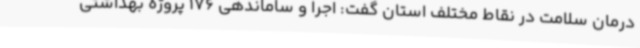
درمان سلامت در نقاط مختلف استان گفت: اجرا و ساماندهی 176 پروژه بهداشتی